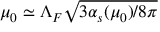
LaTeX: \mu _ { 0 } \simeq \Lambda _ { F } \sqrt { 3 \alpha _ { s } ( \mu _ { 0 } ) / 8 \pi }